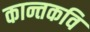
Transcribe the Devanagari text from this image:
कान्तकवि